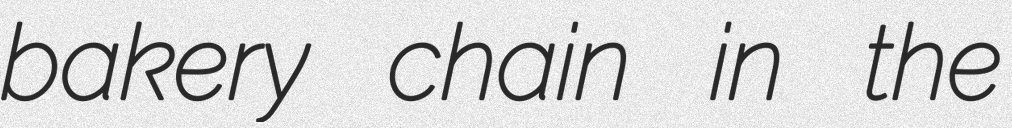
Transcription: bakery chain in the